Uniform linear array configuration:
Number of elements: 4
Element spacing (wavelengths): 0.75
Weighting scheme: hamming
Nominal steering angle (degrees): -60
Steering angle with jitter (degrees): -58.921
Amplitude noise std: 0.05
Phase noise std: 0.05

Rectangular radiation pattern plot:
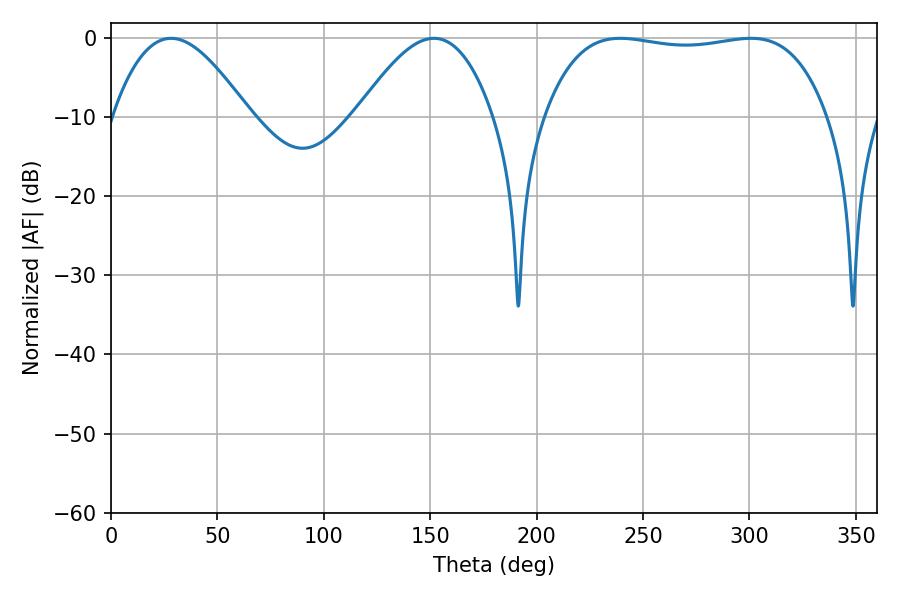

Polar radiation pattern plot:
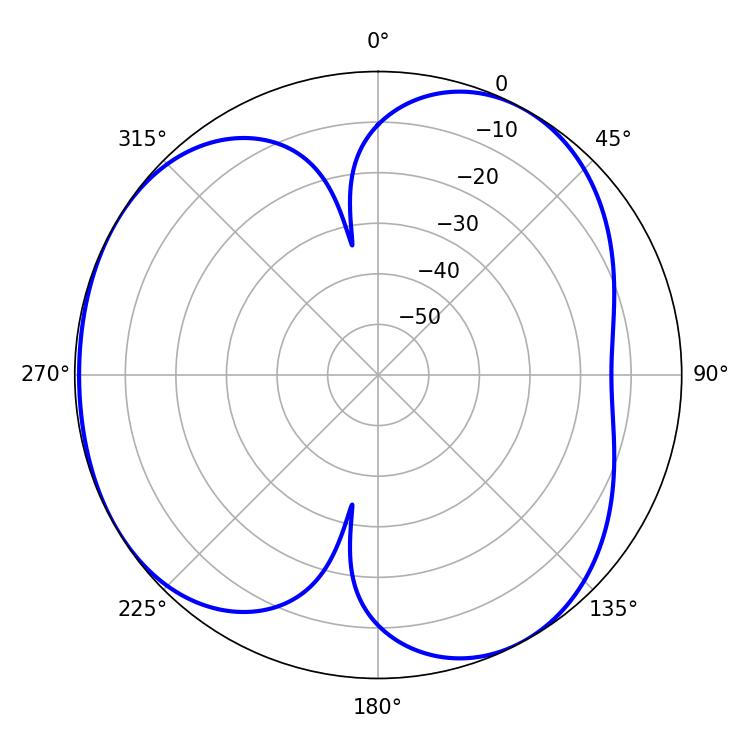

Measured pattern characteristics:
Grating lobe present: TRUE
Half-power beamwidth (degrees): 34.56
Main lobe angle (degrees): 28.26